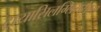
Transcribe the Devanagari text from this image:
ट्रायासिलग्लिसरोल्स